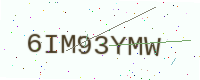
Text: 6IM93YMW